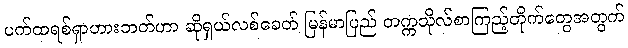
ပက်ထရစ်ရှာဟားဘတ်ဟာ ဆိုရှယ်လစ်ခေတ် မြန်မာပြည် တက္ကသိုလ်စာကြည့်တိုက်တွေအတွက်